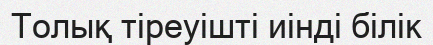
Толық тіреуішті иінді білік